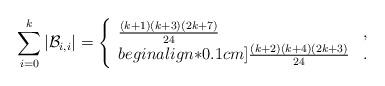
LaTeX: \begin{align*}\sum^k_{i=0}|\mathcal{B}_{i,i}|=\left\{\begin{array}{ll} \frac{(k+1)(k+3)(2k+7)}{24} &,\\begin{align*}0.1cm]\frac{(k+2)(k+4)(2k+3)}{24} &. \end{array}\right.\end{align*}